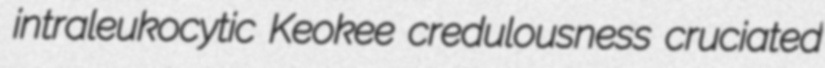
intraleukocytic Keokee credulousness cruciated